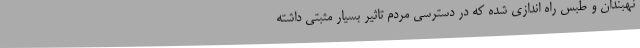
نهبندان و طبس راه اندازی شده که در دسترسی مردم تاثیر بسیار مثبتی داشته